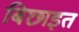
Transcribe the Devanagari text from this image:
बिछाइत